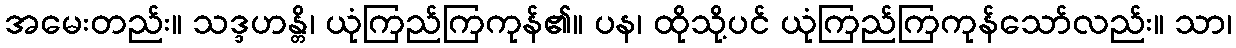
အမေးတည်း။ သဒ္ဒဟန္တိ၊ ယုံကြည်ကြကုန်၏။ ပန၊ ထိုသို့ပင် ယုံကြည်ကြကုန်သော်လည်း။ သာ၊